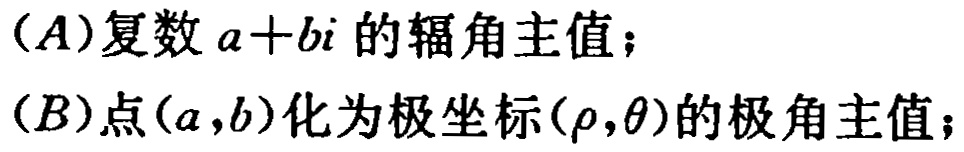
(A)复数\(a + bi\)的辐角主值；

(B)点\((a,b)\)化为极坐标\((\rho,\theta)\)的极角主值；